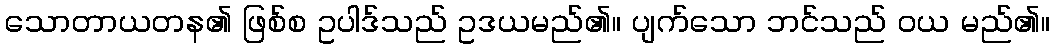
သောတာယတန၏ ဖြစ်စ ဥပါဒ်သည် ဥဒယမည်၏။ ပျက်သော ဘင်သည် ဝယ မည်၏။